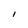
Character: I